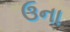
ઉના